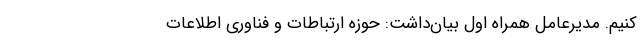
کنیم. مدیرعامل همراه اول بیان‌داشت: حوزه ارتباطات و فناوری اطلاعات